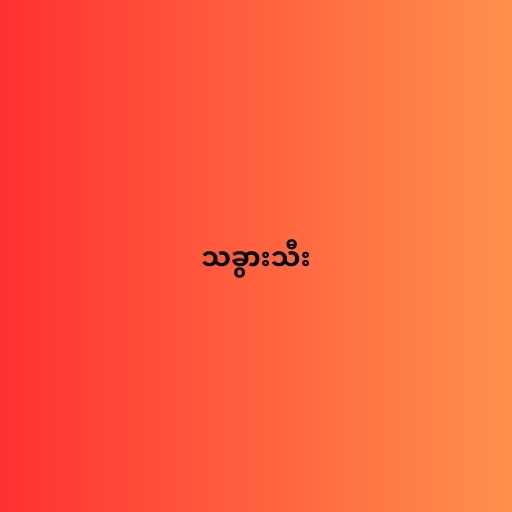
သခွားသီး